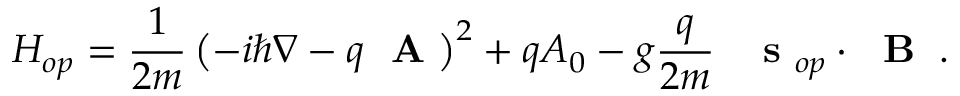
H _ { o p } = \frac { 1 } { 2 m } \left( - i \hbar \nabla - q \mathrm { ~ \bf ~ A ~ } \right) ^ { 2 } + q A _ { 0 } - g \frac { q } { 2 m } \; \; \mathrm { ~ \bf ~ s ~ } _ { o p } \cdot \mathrm { ~ \bf ~ B ~ } \; .